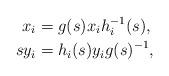
LaTeX: \begin{align*} x_i &= g(s) x_i h_i^{-1}(s), \\ s y_i &= h_i(s) y_i g(s)^{-1}, \end{align*}